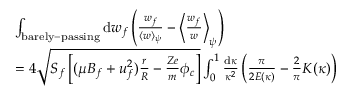
\begin{array} { r l } & { \int _ { \mathrm { b a r e l y - p a s s i n g } } \mathrm { d } w _ { f } \left( \frac { w _ { f } } { \langle w \rangle _ { \psi } } - \Big \langle \frac { w _ { f } } { w } \Big \rangle _ { \psi } \right) } \\ & { = 4 \sqrt { S _ { f } \left[ ( \mu B _ { f } + u _ { f } ^ { 2 } ) \frac { r } { R } - \frac { Z e } { m } \phi _ { c } \right] } \int _ { 0 } ^ { 1 } \frac { \mathrm { d } \kappa } { \kappa ^ { 2 } } \left( \frac { \pi } { 2 E ( \kappa ) } - \frac { 2 } { \pi } K ( \kappa ) \right) } \end{array}